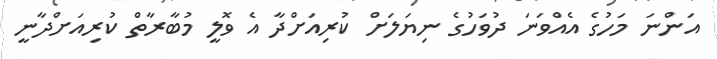
އަންނަ މަހުގެ އެއްވަނަ ދުވަހުގެ ނިޔަލަށް ކުރިއަށްދާ އެ ވޮލީ މުބާރާތް ކުރިއަށްދާނީ